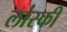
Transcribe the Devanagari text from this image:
लांस्की